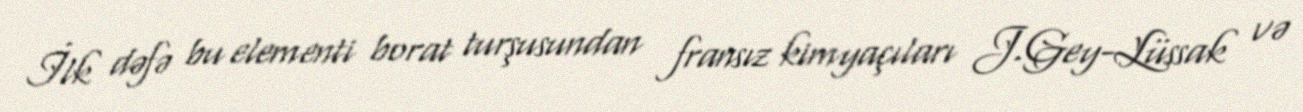
İlk dəfə bu elementi borat turşusundan fransız kimyaçıları J.Gey-Lüssak və